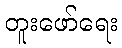
တူးဖော်ရေး